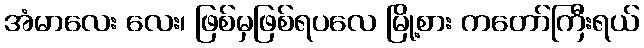
အံမာလေး လေး၊ ဖြစ်မှဖြစ်ရပလေ မြို့စား ကတော်ကြီးရယ်